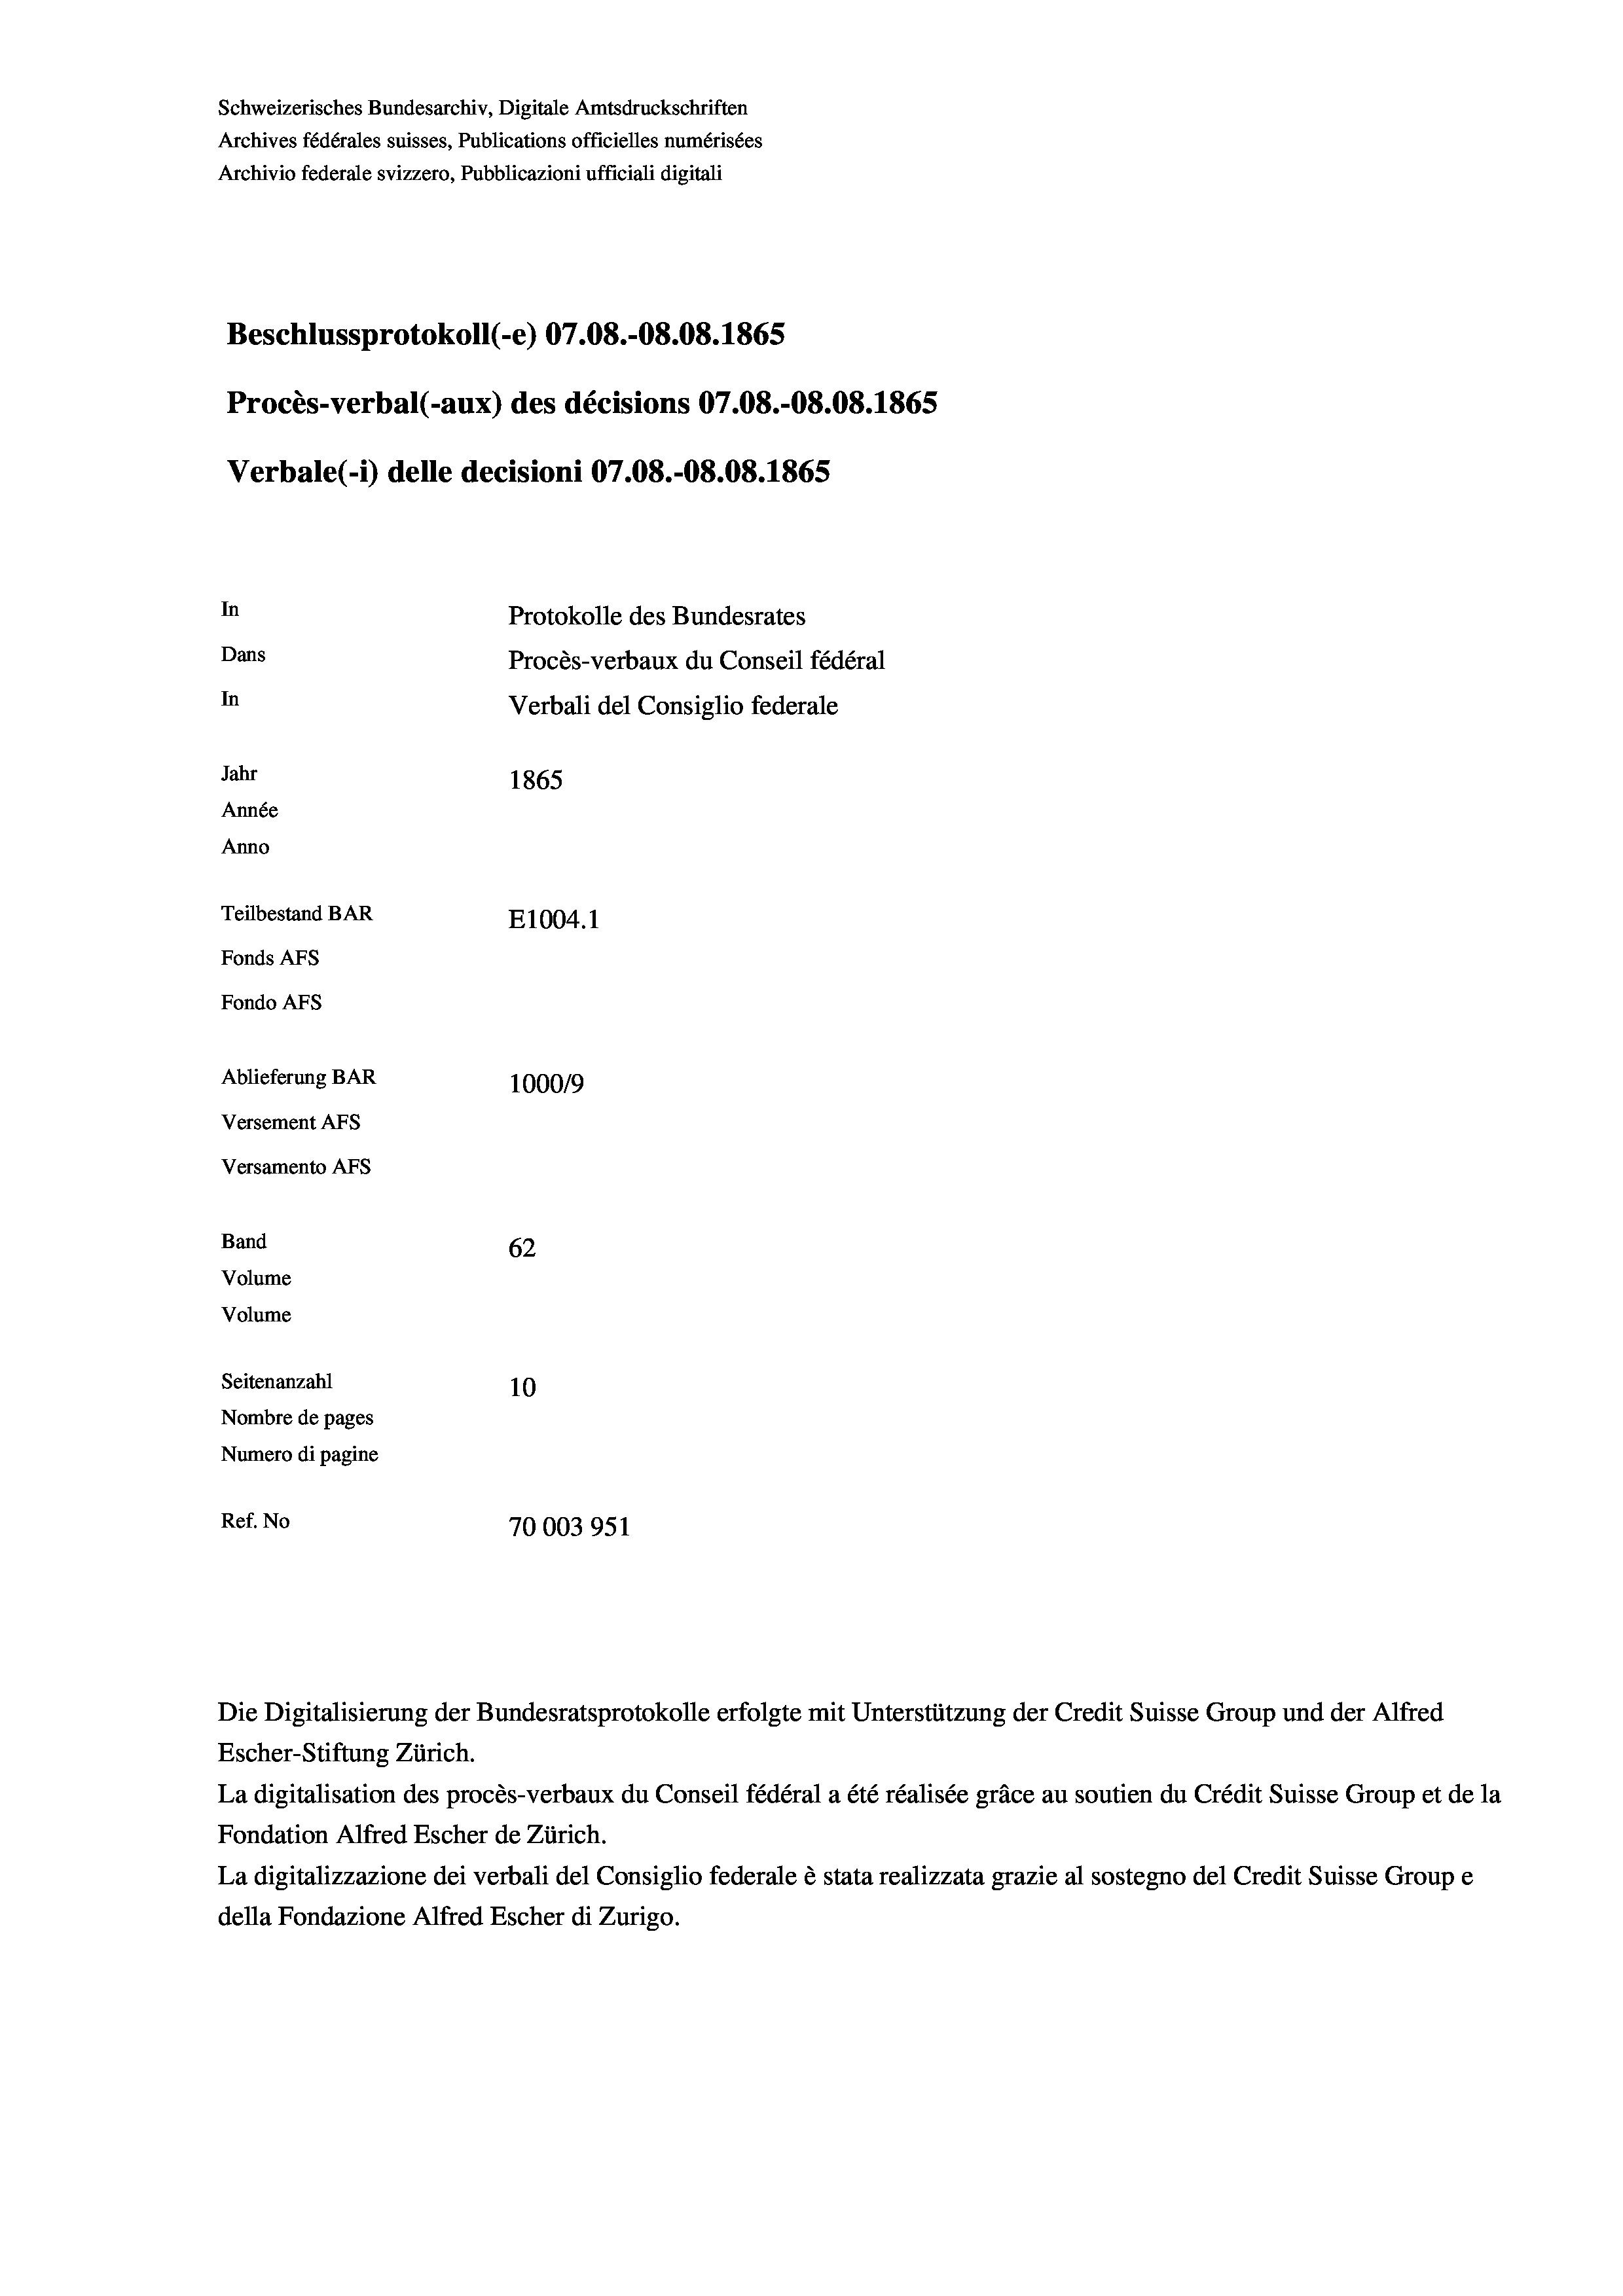
Schweizerisches Bundesarchiv, Digitale Amtsdruckschriften
Archives fédérales suisses, Publications officielles numérisées
Archivio federale svizzero, Pubblicazioni ufficiali digitali
Beschlussprotokoll (-e) 07.08.-08.08. 1865
Procès-verbal (-aux) des décisions 07.08.-08.08. 1865
Verbale(-*) delle decisioni 07.08.-O8.08. 1865
In
Protokolle des Bundesrates
Dans
Procès-verbaux du Conseil fédéral
In
Verbali del Consiglio federale
Jahr
1865
Année
Anno
Teilbestand BAR
E1004.1
Fonds AFs
Fondo Afs
Ablieferung BAR
100019
Versement AFs
Versamento AFs

Band
Volume
Volume

Seitenanzahl

62
10
Nombre de pages
Numero di pagine
Ref. No
70003951

Escher-Stiftung Zürich.
La digitalisation des procès-verbaux du Conseil fédéral a été réalisée gräce au soutien du Crédit Suisse Group et de la
Fondation Alfred Escher de Zürich.
La digitalizzazione dei verbali del Consiglio federale è stata realizzata grazie al sostegno del Credit Suisse Groupe
della Fondazione Alfred Escher di Zurigo.

Die Digitalisierung der Bundesratsprotokolle erfolgte mit Unterstützung der Credit Suisse Group und der Alfred